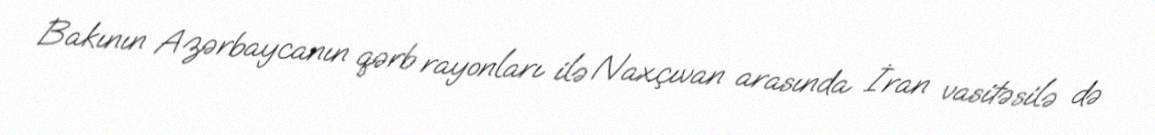
Bakının Azərbaycanın qərb rayonları ilə Naxçıvan arasında İran vasitəsilə də